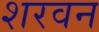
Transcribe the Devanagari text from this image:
शरवन